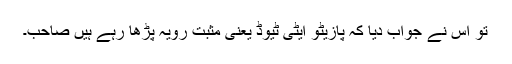
تو اس نے جواب دیا کہ پازیٹو ایٹی ٹیوڈ یعنی مثبت رویہ پڑھا رہے ہیں صاحب۔